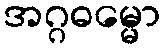
အဂ္ဂဓမ္မော